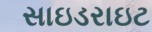
સાઇડરાઇટ